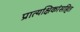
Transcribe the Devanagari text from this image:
प्रात्यक्षिकांसहित